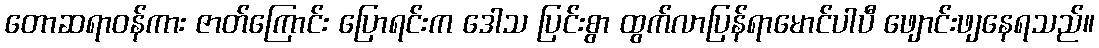
တောဆရာဝန်ကား ဇာတ်ကြောင်း ပြောရင်းက ဒေါသ ပြင်းစွာ ထွက်လာပြန်ရာမောင်ပါပီ ဖျောင်းဖျနေရသည်။